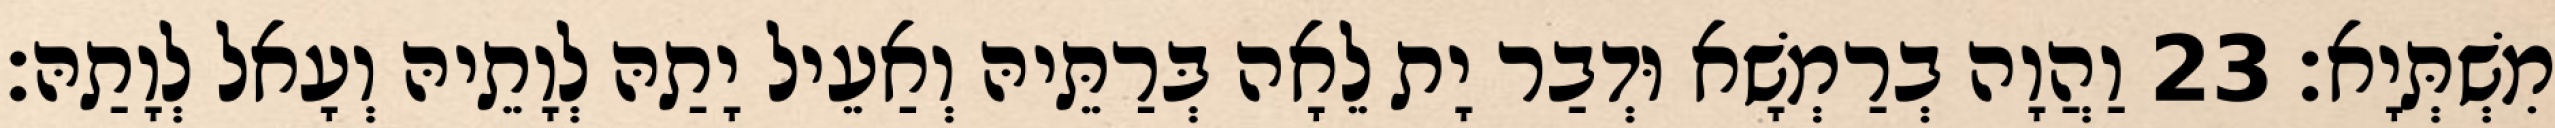
מִשְׁתְּיָא׃ 23 וַהֲוָה בְרַמְשָׁא וּדְבַר יָת לֵאָה בְּרַתֵּיהּ וְאַעֵיל יָתַהּ לְוָתֵיהּ וְעָאל לְוָתַהּ׃